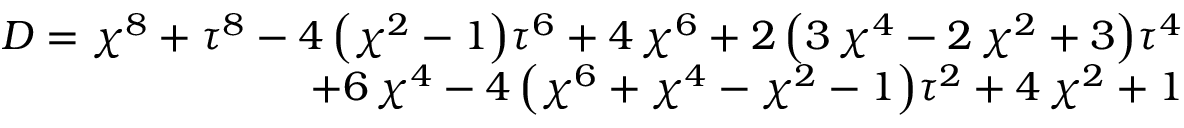
\begin{array} { r } { D = { \chi } ^ { 8 } + { \tau } ^ { 8 } - 4 \, { \left( { \chi } ^ { 2 } - 1 \right) } { \tau } ^ { 6 } + 4 \, { \chi } ^ { 6 } + 2 \, { \left( 3 \, { \chi } ^ { 4 } - 2 \, { \chi } ^ { 2 } + 3 \right) } { \tau } ^ { 4 } } \\ { + 6 \, { \chi } ^ { 4 } - 4 \, { \left( { \chi } ^ { 6 } + { \chi } ^ { 4 } - { \chi } ^ { 2 } - 1 \right) } { \tau } ^ { 2 } + 4 \, { \chi } ^ { 2 } + 1 } \end{array}